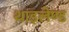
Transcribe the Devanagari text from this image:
थाइलेण्ड